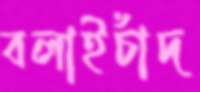
বলাইচাঁদ